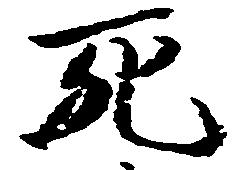
死